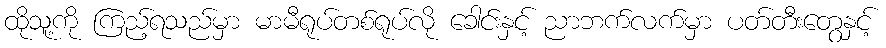
ထိုသူ့ကို ကြည့်ရသည်မှာ မာမီရုပ်တစ်ရုပ်လို ခေါင်းနှင့် ညာဘက်လက်မှာ ပတ်တီးတွေနှင့်